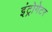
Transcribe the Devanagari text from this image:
इंट्रोगेटर